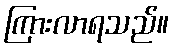
ကြားလာရသည်။